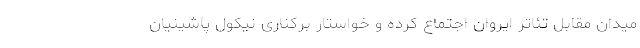
میدان مقابل تئاتر ایروان اجتماع کرده و خواستار برکناری نیکول پاشینیان